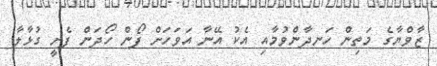
ޒާވްޔާގެ މަތިން ހަނދާންވުމާއި އެކު އޭނާ އަވަހަށް ފޯން ހޯދަން ފެށީ ގުޅާލާ